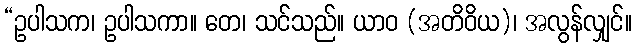
“ဥပါသက၊ ဥပါသကာ။ တေ၊ သင်သည်။ ယာဝ (အတိဝိယ)၊ အလွန်လျှင်။